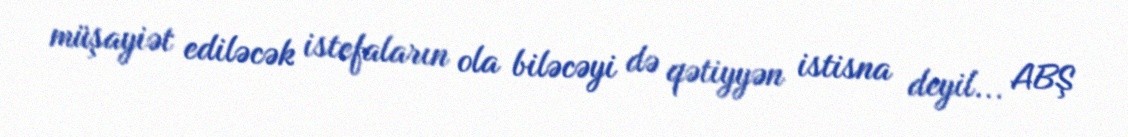
müşayiət ediləcək istefaların ola biləcəyi də qətiyyən istisna deyil... ABŞ